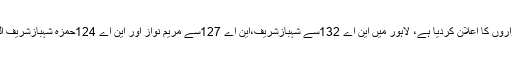
23 جون 2018ء) : پاکستان مسلم لیگ ن نے لاہور کے قومی و صوبائی اسمبلی کے کچھ انتخابی امیدواروں کا اعلان کردیا ہے، لاہور میں این اے 132سے شہبازشریف،این اے 127سے مریم نواز اور این اے 124حمزہ شہبازشریف الیکشن لڑیں گے،انتخابی امیدواروں کا حتمی اعلان صدرن لیگ آج شام کواپنے ٹویٹراکاؤنٹ پرکریں گے۔